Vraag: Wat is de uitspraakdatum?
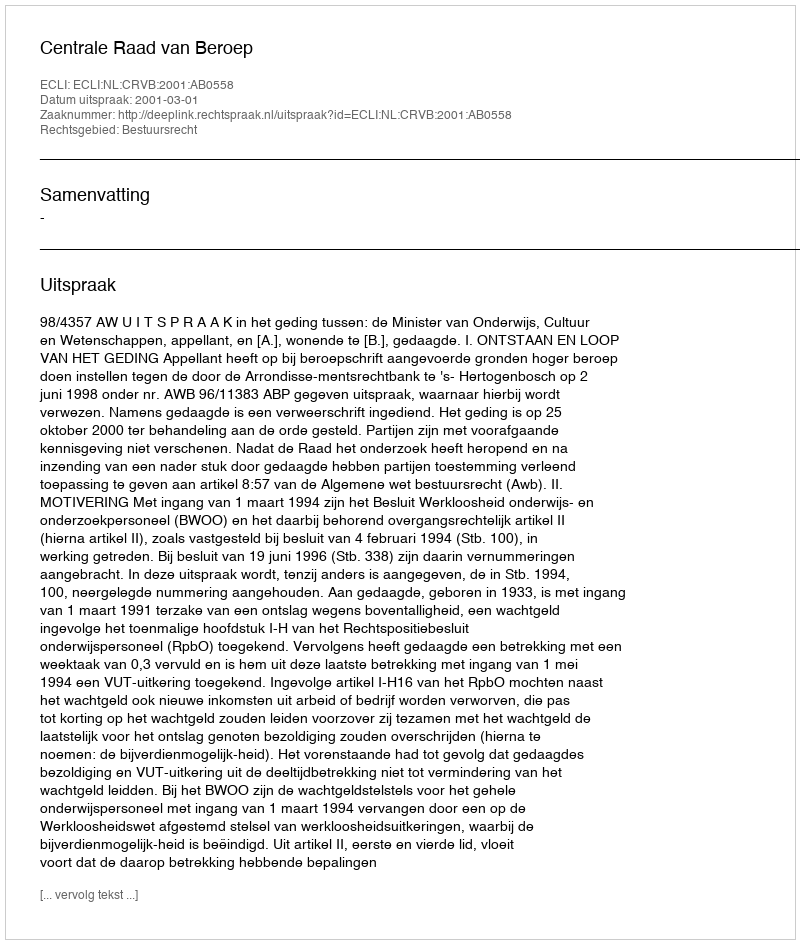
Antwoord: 2001-03-01